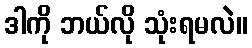
ဒါကို ဘယ်လို သုံးရမလဲ။